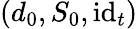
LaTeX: (d_{0},S_{0},\textup{id}_{t})